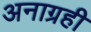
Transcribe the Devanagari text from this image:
अनाग्रही